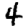
Digit: 4